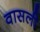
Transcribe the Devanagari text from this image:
वासली